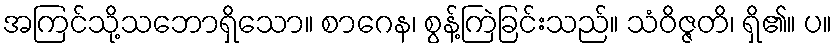
အကြင်သို့သဘောရှိသော။ စာဂေန၊ စွန့်ကြဲခြင်းသည်။ သံဝိဇ္ဇတိ၊ ရှိ၏။ ပ။